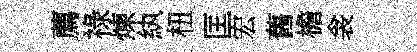
薦祿煉紈杻匡宏舊檐衾